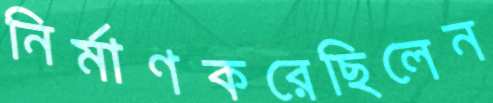
নির্মাণকরেছিলেন